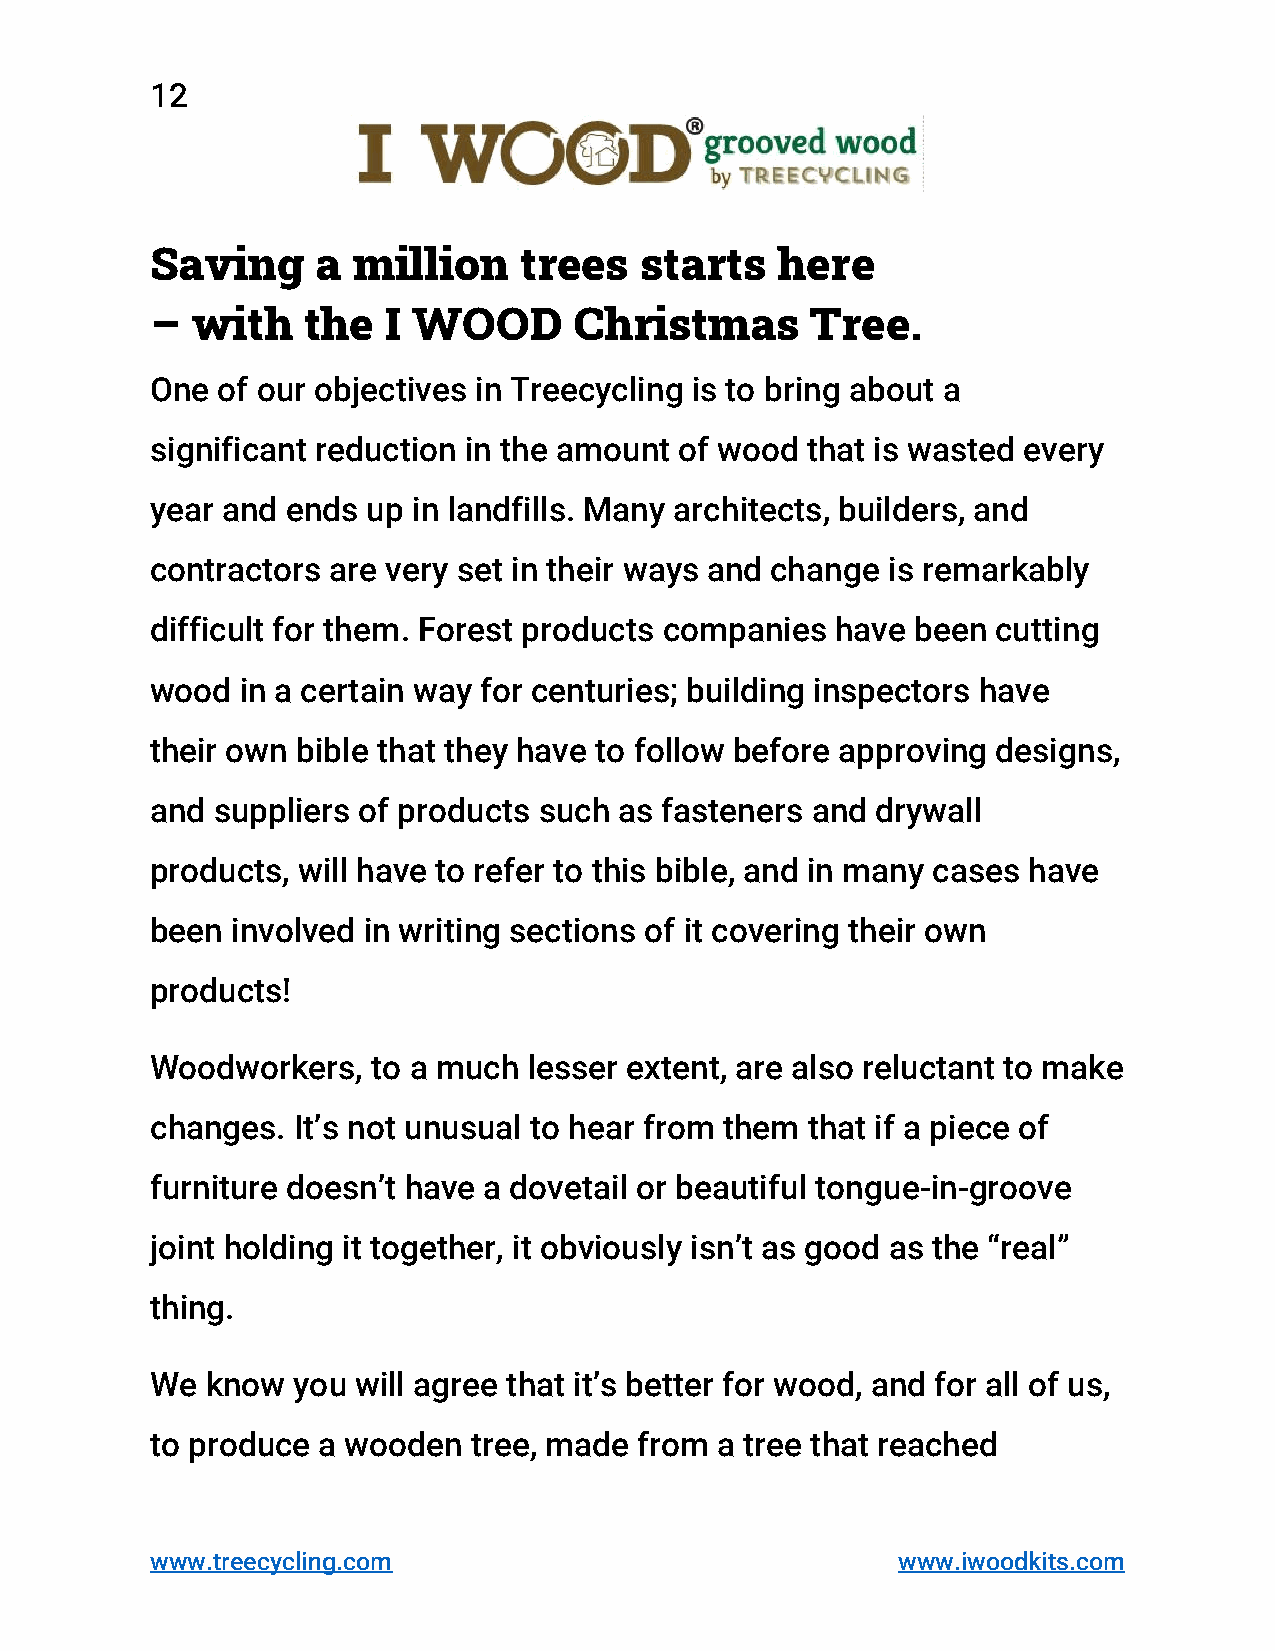
12
 Saving     a million    trees   starts   here
 –  with   the  I WOOD       Christmas       Tree.
 One of our objectives in Treecycling is to bring about a
 significant reduction in the amount of wood that is wasted every
 year and ends up in landfills. Many architects, builders, and
 contractors are very set in their ways and change is remarkably
 difficult for them. Forest products companies have been cutting
 wood  in a certain way for centuries; building inspectors have
 their own bible that they have to follow before approving designs,
 and suppliers of products such as fasteners and drywall
 products, will have to refer to this bible, and in many cases have
 been involved in writing sections of it covering their own
 products!
 Woodworkers,   to a much lesser extent, are also reluctant to make
 changes. It’s not unusual to hear from them that if a piece of
 furniture doesn’t have a dovetail or beautiful tongue-in-groove
 joint holding it together, it obviously isn’t as good as the “real”
 thing.
 We  know you  will agree that it’s better for wood, and for all of us,
 to produce a wooden  tree, made from a tree that reached
 www.treecycling.com                              www.iwoodkits.com